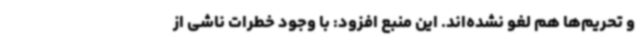
و تحریم‌ها هم لغو نشده‌اند. این منبع افزود: با وجود خطرات ناشی از